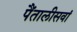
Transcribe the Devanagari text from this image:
पैंतालीसवां